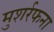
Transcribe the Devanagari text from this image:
मुशर्रफना